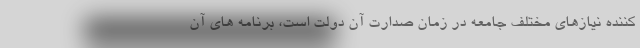
کننده نیازهای مختلف جامعه در زمان صدارت آن دولت است، برنامه های آن